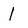
Character: I